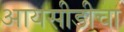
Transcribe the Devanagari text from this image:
आयसीडीचा